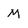
Character: M